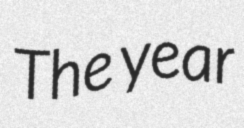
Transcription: The year